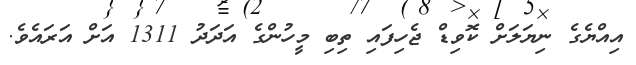
އިއްޔެގެ ނިޔަލަށް ކޮވިޑް ޖެހިފައި ތިބި މީހުންގެ އަދަދު 1311 އަށް އަރައެވެ.